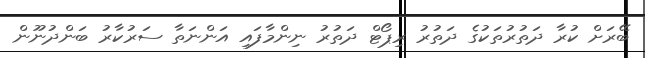
ބޭރަށް ކުރާ ދަތުރުތަކުގެ ދަތުރު ރިޕޯޓް ދަތުރު ނިންމާފައި އަންނަތާ ސަރުކާރު ބަންދުނޫން